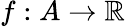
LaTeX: f:A\rightarrow\mathbb{R}